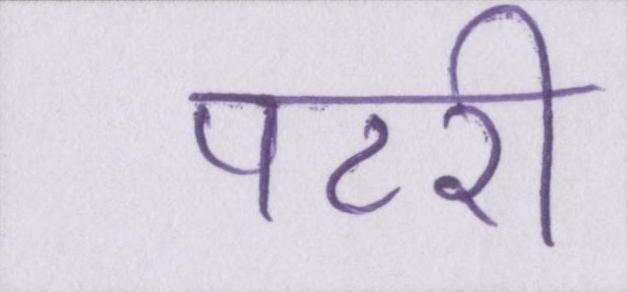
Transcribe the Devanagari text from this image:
पटरी